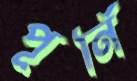
পূর্নি